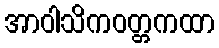
အာဝါသိကဝတ္တကထာ